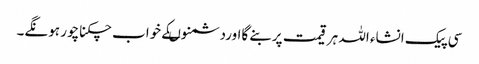
سی پیک انشاء اللہ ہرقیمت پربنے گااوردشمنوںکے خواب چکناچور ہونگے۔